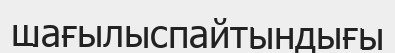
шағылыспайтындығы